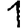
Digit: 1